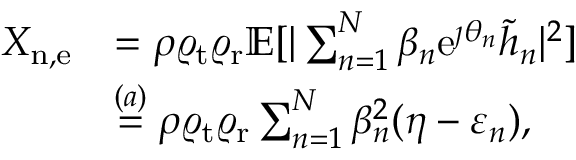
\begin{array} { r l } { { X } _ { \mathrm { n , e } } } & { = \rho \varrho _ { \mathrm { t } } \varrho _ { \mathrm { r } } \mathbb { E } [ | \sum _ { n = 1 } ^ { N } \beta _ { n } \mathrm { e } ^ { \jmath \theta _ { n } } \tilde { h } _ { n } | ^ { 2 } ] } \\ & { \overset { ( a ) } { = } \rho \varrho _ { \mathrm { t } } \varrho _ { \mathrm { r } } \sum _ { n = 1 } ^ { N } \beta _ { n } ^ { 2 } ( \eta - \varepsilon _ { n } ) , } \end{array}